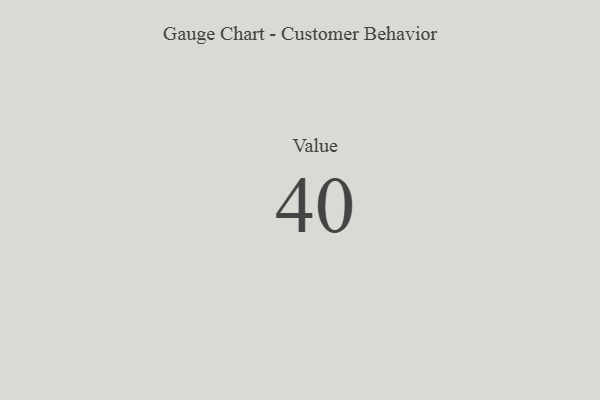
{"axis": {"x": "Metric", "y": "Value"}, "legend": [""], "data": [{"x": "Value", "y": 40, "type": ""}]}